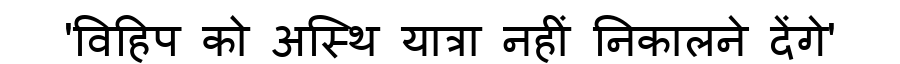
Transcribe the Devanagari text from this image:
'विहिप को अस्थि यात्रा नहीं निकालने देंगे'